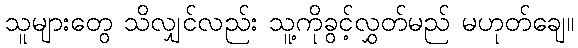
သူများတွေ သိလျှင်လည်း သူ့ကိုခွင့်လွှတ်မည် မဟုတ်ချေ။